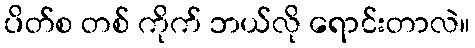
ပိတ်စ တစ် ကိုက် ဘယ်လို ရောင်းတာလဲ။